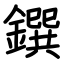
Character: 鐉